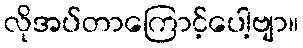
လိုအပ်တာကြောင့်ပေါ့ဗျာ။